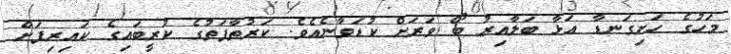
މަހުގެ ހަށިގަނޑާ އަޅާ ބަލާއިރު ބޯ ވަރަށް ކުޑަވާނެއެވެ. ކަރުތާފަތުގެ ކުރީބައިގެ ކައިރިފަށް